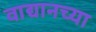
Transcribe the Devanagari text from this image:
वाद्यानच्या